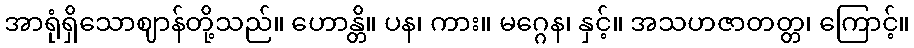
အာရုံရှိသောဈာန်တို့သည်။ ဟောန္တိ။ ပန၊ ကား။ မဂ္ဂေန၊ နှင့်။ အသဟဇာတတ္တ၊ ကြောင့်။